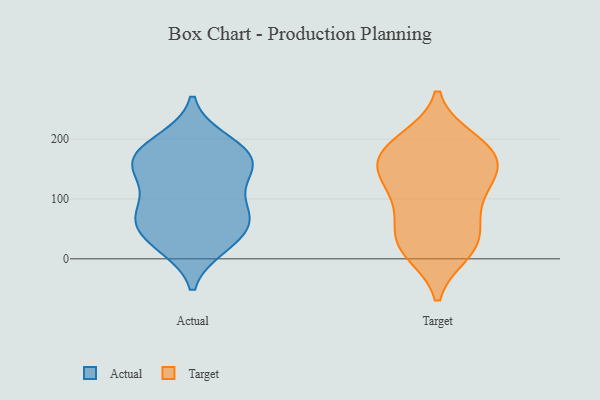
{"axis": {"x": "Gross Profit (USD K)", "y": "Value"}, "legend": ["Actual", "Target"], "data": [{"x": "", "y": 164, "type": "Actual"}, {"x": "", "y": 193, "type": "Actual"}, {"x": "", "y": 77, "type": "Actual"}, {"x": "", "y": 76, "type": "Actual"}, {"x": "", "y": 147, "type": "Actual"}, {"x": "", "y": 61, "type": "Actual"}, {"x": "", "y": 21, "type": "Actual"}, {"x": "", "y": 138, "type": "Actual"}, {"x": "", "y": 115, "type": "Actual"}, {"x": "", "y": 170, "type": "Actual"}, {"x": "", "y": 158, "type": "Actual"}, {"x": "", "y": 30, "type": "Actual"}, {"x": "", "y": 26, "type": "Actual"}, {"x": "", "y": 66, "type": "Actual"}, {"x": "", "y": 72, "type": "Actual"}, {"x": "", "y": 198, "type": "Actual"}, {"x": "", "y": 171, "type": "Actual"}, {"x": "", "y": 33, "type": "Target"}, {"x": "", "y": 112, "type": "Target"}, {"x": "", "y": 82, "type": "Target"}, {"x": "", "y": 180, "type": "Target"}, {"x": "", "y": 18, "type": "Target"}, {"x": "", "y": 150, "type": "Target"}, {"x": "", "y": 141, "type": "Target"}, {"x": "", "y": 47, "type": "Target"}, {"x": "", "y": 11, "type": "Target"}, {"x": "", "y": 157, "type": "Target"}, {"x": "", "y": 17, "type": "Target"}, {"x": "", "y": 132, "type": "Target"}, {"x": "", "y": 83, "type": "Target"}, {"x": "", "y": 193, "type": "Target"}, {"x": "", "y": 159, "type": "Target"}, {"x": "", "y": 199, "type": "Target"}, {"x": "", "y": 188, "type": "Target"}]}